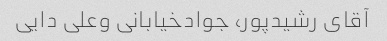
آقای رشیدپور، جوادخیابانی وعلی دایی